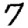
Digit: 7